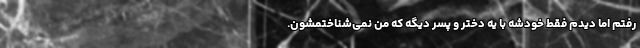
رفتم اما دیدم فقط خودشه با یه دختر و پسر دیگه که من نمی‌شناختمشون.